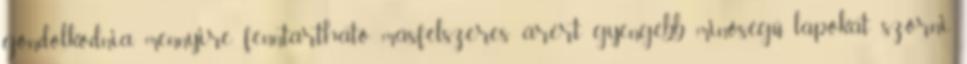
gondolkodnia, mennyire fenntartható másfélszeres árért gyengébb minőségű lapokat szórni